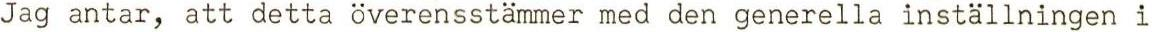
Jag antar, att detta överensstämmer med den generella inställningen i